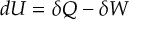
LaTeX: d U = \delta Q - \delta W